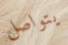
يتواصل